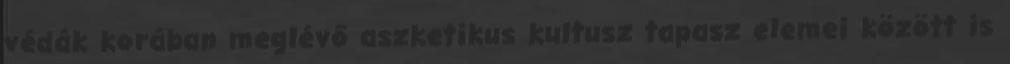
védák korában meglévő aszketikus kultusz tapasz elemei között is